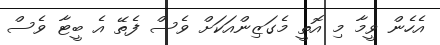
އެހެން ވީމާ މި އޮތީ މެގަޒިންއަކަށް ވެސް ފެތޭ އެ ބީޓާ ވެސް